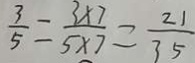
\frac { 3 } { 5 } = \frac { 3 \times 7 } { 5 \times 7 } = \frac { 2 1 } { 3 5 }